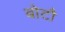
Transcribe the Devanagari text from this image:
बोटौ